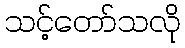
သင့်တော်သလို